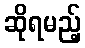
ဆိုရမည့်